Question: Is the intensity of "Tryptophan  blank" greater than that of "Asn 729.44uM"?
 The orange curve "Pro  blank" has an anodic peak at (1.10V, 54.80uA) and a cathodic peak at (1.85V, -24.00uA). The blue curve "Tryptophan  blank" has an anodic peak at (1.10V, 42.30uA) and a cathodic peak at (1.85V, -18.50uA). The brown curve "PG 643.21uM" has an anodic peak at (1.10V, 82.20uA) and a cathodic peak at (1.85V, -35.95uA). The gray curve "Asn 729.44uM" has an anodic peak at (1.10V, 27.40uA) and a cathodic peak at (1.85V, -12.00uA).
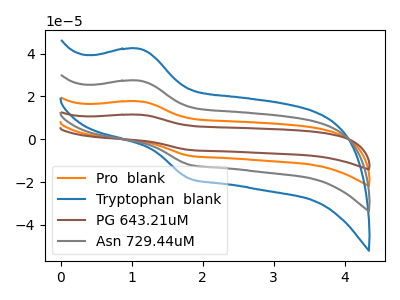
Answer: <think>All the peaks in "Tryptophan  blank" have a peak in "Asn 729.44uM" at the same potential. Every peak in "Tryptophan  blank" is higher than every peak in "Asn 729.44uM".
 </think>
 <answer>"Tryptophan  blank" has more signal than "Asn 729.44uM".</answer>
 <eval>more_signal</eval>